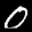
Label: 0